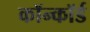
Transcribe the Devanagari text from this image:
कॉन्कॉर्ड